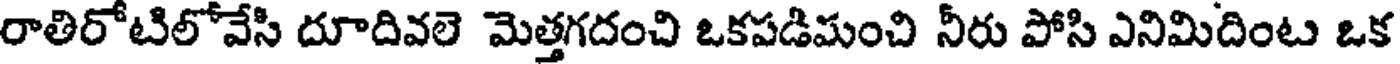
రాతిరోటిలోవేసి దూదివలె మెత్తగదంచి ఒకపడిమంచి నీరు పోసి ఎనిమిదింట ఒక